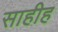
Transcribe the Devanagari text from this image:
साहीह